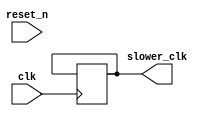
module clock_divider(
 
    //////////// CLOCK //////////
    input                       clk,
    input                       reset_n,
    output                      slower_clk      //calculate correct size!                
);
 
parameter clk_div = 0;
 
reg [23:0] div_cntr;
reg slw_clk = 0;
 
always @(posedge clk, negedge reset_n)
    begin
        if(reset_n == 0)
            begin
                div_cntr <= 0;
            end
        else if(div_cntr == clk_div - 1)
            begin
                div_cntr <= 0;
                slw_clk <= ~slw_clk;
            end
        else
            begin
                div_cntr <= div_cntr + 1;
            end
    end

assign slower_clk = slw_clk;

endmodule